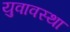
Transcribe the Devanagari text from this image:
युवावस्‍था